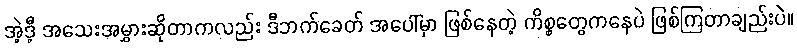
အဲ့ဒီ့ အသေးအမွှားဆိုတာကလည်း ဒီဘက်ခေတ် အပေါ်မှာ ဖြစ်နေတဲ့ ကိစ္စတွေကနေပဲ ဖြစ်ကြတာချည်းပဲ။